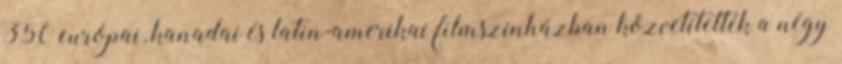
350 európai, kanadai és latin-amerikai filmszínházban közvetítették a négy